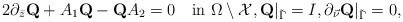
\begin{align*}2\partial_{\bar z}\mbox{\bf Q}+A_1\mbox{\bf Q}-\mbox{\bf Q}A_2=0\quad\mbox{in}\,\,\Omega\setminus \mathcal X, \mbox{\bf Q}\vert_{\tilde\Gamma}=I,\partial_{\vec\nu}\mbox{\bf Q}\vert_{\tilde\Gamma}=0,\end{align*}